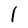
Character: 1